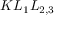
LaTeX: K L _ { 1 } L _ { 2 , 3 }